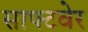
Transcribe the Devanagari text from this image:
साफ्टवेर